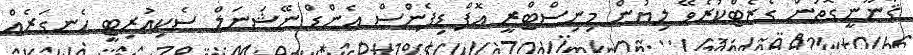
ޤާނޫނީގޮތުން ގެޒެޓްކުރެވޭ ލިޔުން މިނިސްޓްރީ އޮފް ޑިފެންސް އެންޑް ނޭޝަނަލް ސެކިއުރިޓީ ހެނގަރެއް